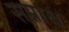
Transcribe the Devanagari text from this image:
सम्नाक्ष